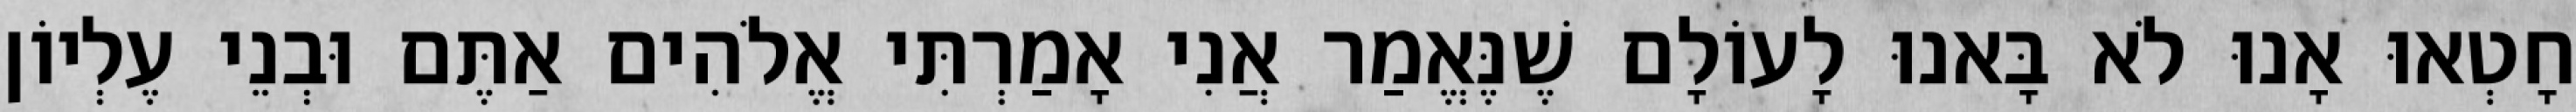
חָטְאוּ אָנוּ לֹא בָּאנוּ לָעוֹלָם שֶׁנֶּאֱמַר אֲנִי אָמַרְתִּי אֱלֹהִים אַתֶּם וּבְנֵי עֶלְיוֹן